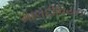
માલદીવિયન